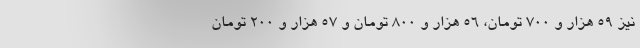
نیز ۵۹ هزار و ۷۰۰ تومان، ۵۶ هزار و ۸۰۰ تومان و ۵۷ هزار و ۲۰۰ تومان